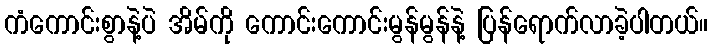
ကံကောင်းစွာနဲ့ပဲ အိမ်ကို ကောင်းကောင်းမွန်မွန်နဲ့ ပြန်ရောက်လာခဲ့ပါတယ်။